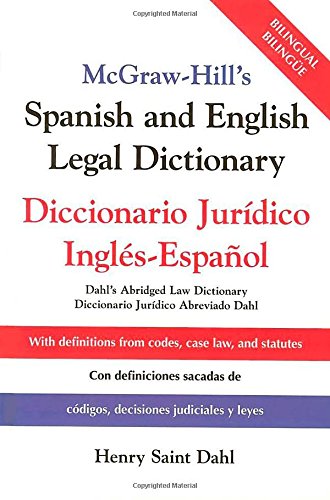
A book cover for McGraw-Hill's Spanish and English Legal Dictionary : Diccionario Juridico Ingles-Espanol; Henry Saint Dahl; Law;